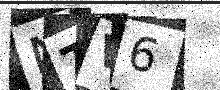
Text: NTV6